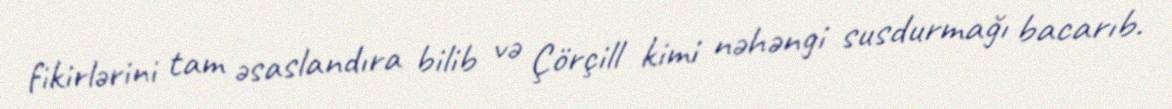
fikirlərini tam əsaslandıra bilib və Çörçill kimi nəhəngi susdurmağı bacarıb.